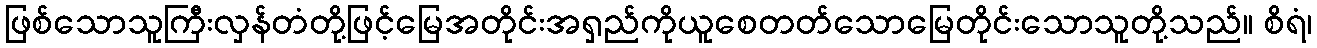
ဖြစ်သောသူကြီးလှန်တံတို့ဖြင့်မြေအတိုင်းအရှည်ကိုယူစေတတ်သောမြေတိုင်းသောသူတို့သည်။ စိရံ၊